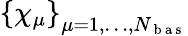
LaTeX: \left\{ \chi_{\mu}\right\} _{\mu=1,\dots,N_{\mathrm{~b~a~s~}}}